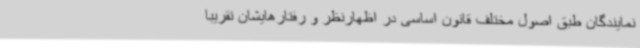
نمایندگان طبق اصول مختلف قانون اساسی در اظهارنظر و رفتارهایشان تقریباً